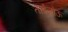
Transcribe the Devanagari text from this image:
ताईजोऊ